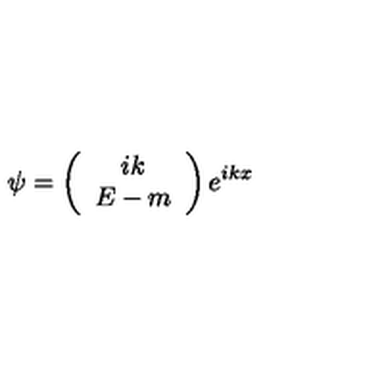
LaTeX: \psi = \left( \begin{array} { c } { i k } \\ { E - m } \\ \end{array} \right) e ^ { i k x }